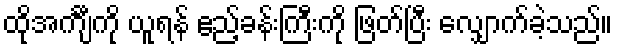
ထိုအင်္ကျီကို ယူရန် ဧည့်ခန်းကြီးကို ဖြတ်ပြီး လျှောက်ခဲ့သည်။